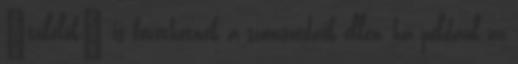
"túlélők" is bevethetnek a szomszédaik ellen, ha például az